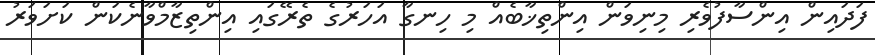
ފަދައިން އިންސާފުވެރި މިނިވަން އިންތިޚާބެއް މި ހިނގާ އަހަރުގެ ތެރޭގައި އިންތިޒާމްވާނެކަން ކަށަވަރު